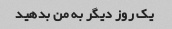
یک روز دیگر به من بدهید